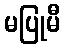
မပြုမီ